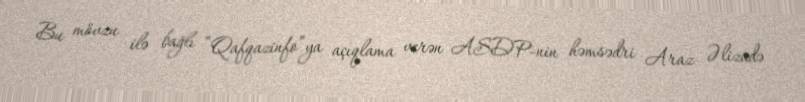
Bu mövzu ilə bağlı “Qafqazinfo”ya açıqlama verən ASDP-nin həmsədri Araz Əlizadə